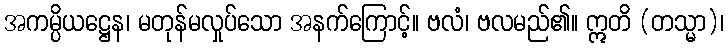
အကမ္ပိယဋ္ဌေန၊ မတုန်မလှုပ်သော အနက်ကြောင့်။ ဗလံ၊ ဗလမည်၏။ ဣတိ (တသ္မာ)၊